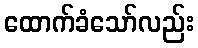
ထောက်ခံသော်လည်း